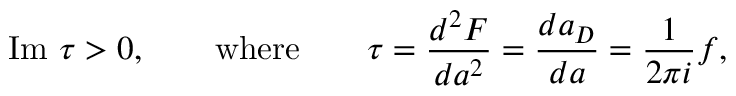
\mathrm { I m } \ \tau > 0 , \qquad \mathrm { w h e r e } \qquad \tau = \frac { d ^ { 2 } F } { d a ^ { 2 } } = \frac { d a _ { D } } { d a } = \frac { 1 } { 2 \pi i } f ,